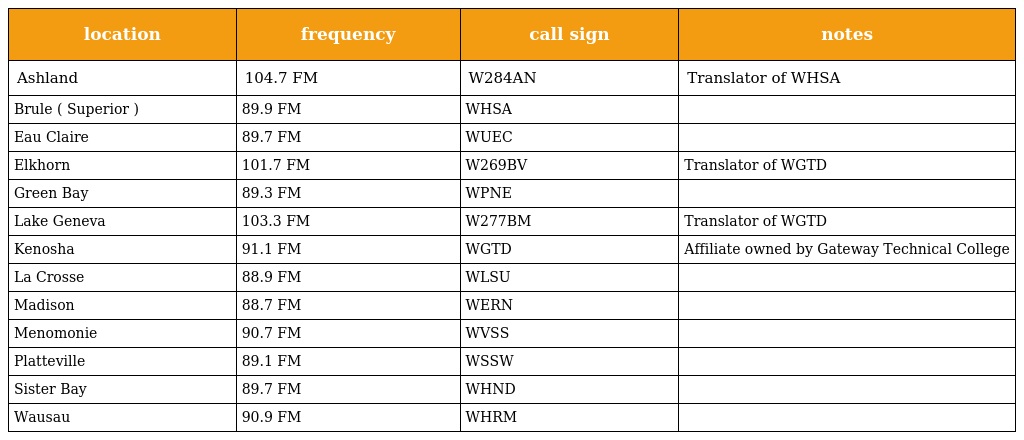
| location | frequency | call sign | notes |
 | --- | --- | --- | --- |
 | Ashland | 104.7 FM | W284AN | Translator of WHSA |
 | Brule ( Superior ) | 89.9 FM | WHSA |  |
 | Eau Claire | 89.7 FM | WUEC |  |
 | Elkhorn | 101.7 FM | W269BV | Translator of WGTD |
 | Green Bay | 89.3 FM | WPNE |  |
 | Lake Geneva | 103.3 FM | W277BM | Translator of WGTD |
 | Kenosha | 91.1 FM | WGTD | Affiliate owned by Gateway Technical College |
 | La Crosse | 88.9 FM | WLSU |  |
 | Madison | 88.7 FM | WERN |  |
 | Menomonie | 90.7 FM | WVSS |  |
 | Platteville | 89.1 FM | WSSW |  |
 | Sister Bay | 89.7 FM | WHND |  |
 | Wausau | 90.9 FM | WHRM |  |